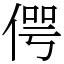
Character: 偔